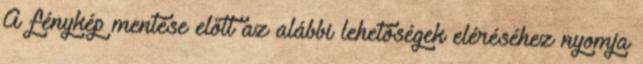
A fénykép mentése előtt az alábbi lehetőségek eléréséhez nyomja